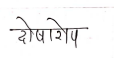
मजकूर: दोषारोप